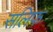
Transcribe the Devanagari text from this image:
सलिफ